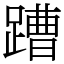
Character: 蹧